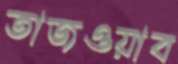
তাজওয়াব